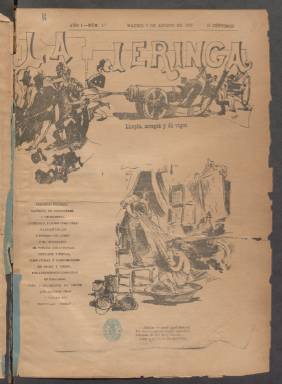
Título: La Jeringa (Madrid)
Colección: Periódicos
Ámbito geográfico: Madrid
Lugar de publicación: Madrid
Fechas: 07/08/1887-18/10/1887